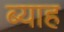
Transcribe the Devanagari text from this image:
ब्‍याह